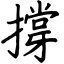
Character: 撐